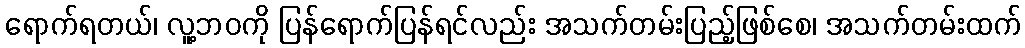
ရောက်ရတယ်၊ လူ့ဘဝကို ပြန်ရောက်ပြန်ရင်လည်း အသက်တမ်းပြည့်ဖြစ်စေ၊ အသက်တမ်းထက်